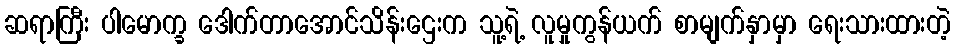
ဆရာကြီး ပါမောက္ခ ဒေါက်တာအောင်သိန်းဌေးက သူ့ရဲ့ လူမှုကွန်ယက် စာမျက်နှာမှာ ရေးသားထားတဲ့